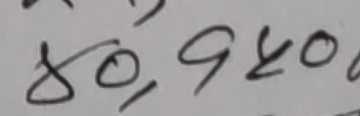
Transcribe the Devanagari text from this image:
८०,९४०